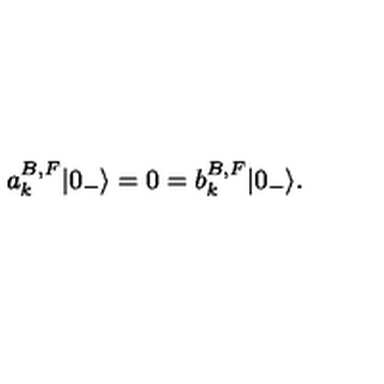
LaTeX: a _ { k } ^ { B , F } | 0 _ { - } \rangle = 0 = b _ { k } ^ { B , F } | 0 _ { - } \rangle .